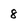
Character: 8